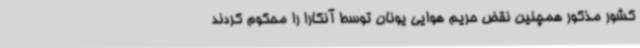
کشور مذکور همچنین نقض حریم هوایی یونان توسط آنکارا را محکوم کردند